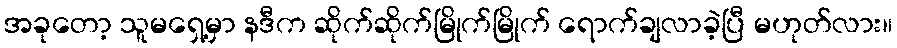
အခုတော့ သူမရှေ့မှာ နဒီက ဆိုက်ဆိုက်မြိုက်မြိုက် ရောက်ချလာခဲ့ပြီ မဟုတ်လား။